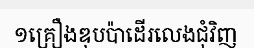
១គ្រឿងឌុបប៉ាដើរលេងជុំវិញ